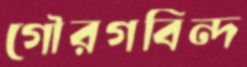
গৌরগবিন্দ